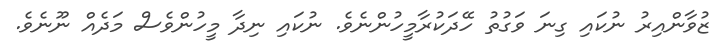
ޒުވާންއިރު ނުކައި ގިނަ ވަގުތު ހޭދަކުރާމީހުންނެވެ. ނުކައި ނިދާ މީހުންވެސް މަދެއް ނޫނެވެ.